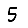
Digit: 5